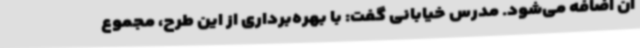
آن اضافه می‌شود. مدرس خیابانی گفت: با بهره‌برداری از این طرح، مجموع